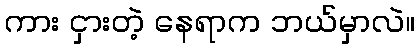
ကား ငှားတဲ့ နေရာက ဘယ်မှာလဲ။